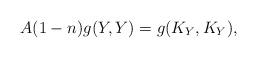
LaTeX: \begin{align*}A(1-n)g(Y,Y)=g(K_Y,K_Y),\end{align*}